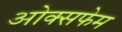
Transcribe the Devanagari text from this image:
ओक्सफेम